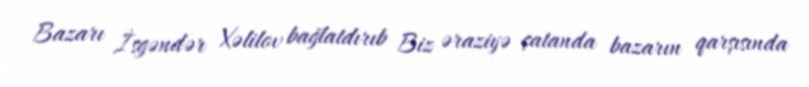
Bazarı İsgəndər Xəlilov bağlatdırıb Biz əraziyə çatanda bazarın qarşısında